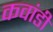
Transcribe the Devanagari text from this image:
कवांडी